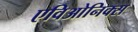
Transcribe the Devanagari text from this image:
एविओनिक्स